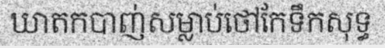
ឃាតកបាញ់សម្លាប់ថៅកែទឹកសុទ្ធ